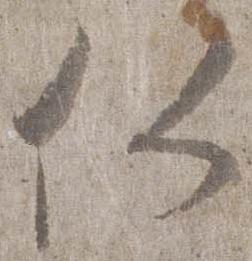
仁